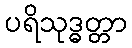
ပရိသုဒ္ဓတ္တာ